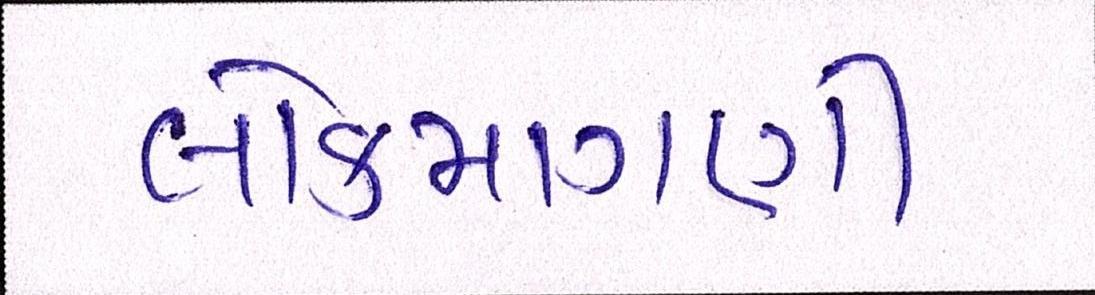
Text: લોકમાગણી